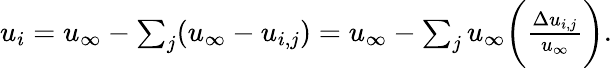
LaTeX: \begin{array}{r}{u_{i}=u_{\infty}-\sum_{j}(u_{\infty}-u_{i,j})=u_{\infty}-\sum_{j}u_{\infty}\bigg(\frac{\Delta u_{i,j}}{u_{\infty}}\bigg).}\end{array}